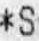
*S